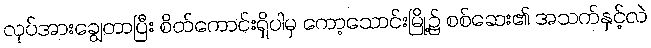
လုပ်အားချွေတာပြီး စိတ်ကောင်းရှိပါမှ ကော့သောင်းမြို့၌ စစ်ဆေး၏ အသက်နှင့်လဲ